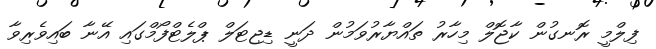
ފިލްމީ ރޮނގުން ކާޖޮލް މިހާރު ތައްޔާރުވަމުން ދަނީ ޑިޖިޓަލް ޕްލެޓްފޯމްގައި އޭނާ ބައިވެރިވާ